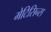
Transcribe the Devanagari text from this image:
मेटिसिन्स